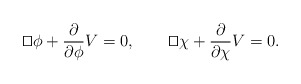
\begin{align*} {\sqcup\!\! \!\!\sqcap}\phi+\frac{\partial }{\partial \phi}V=0, \qquad{\sqcup\!\! \!\!\sqcap}\chi +\frac{\partial }{\partial \chi}V=0.\end{align*}